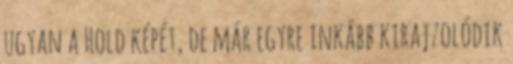
ugyan a Hold képét, de már egyre inkább kirajzolódik